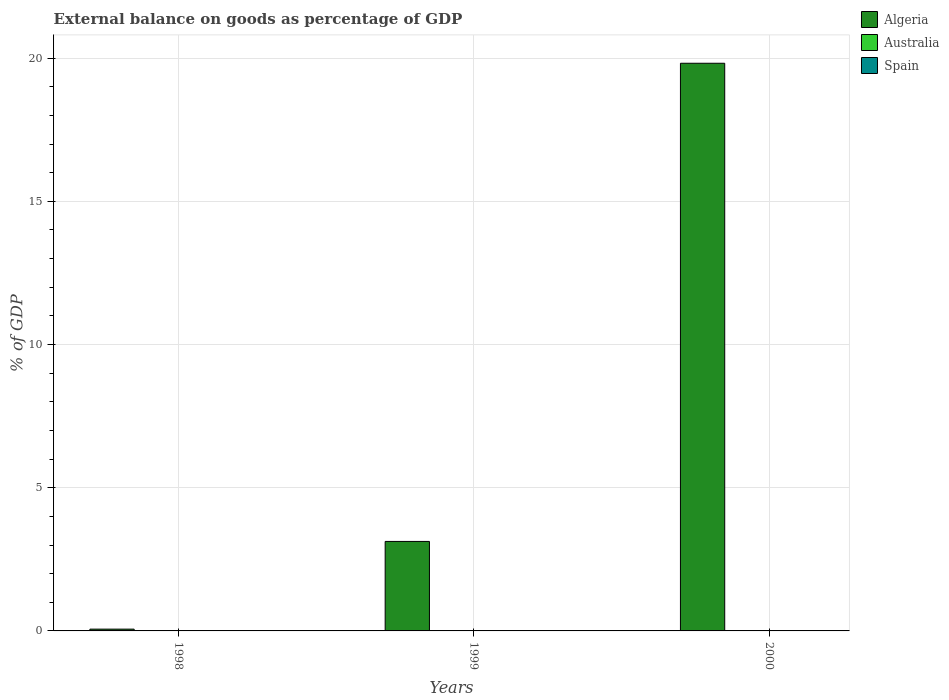
| Years | Algeria | Australia | Spain |
 | --- | --- | --- | --- |
 | 1998 | 0.0623 | -0.784 | -0.498 |
 | 1999 | 3.12 | -2.29 | -1.94 |
 | 2000 | 19.8 | -2.03 | -3.01 |